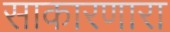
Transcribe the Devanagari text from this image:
साकारणारा